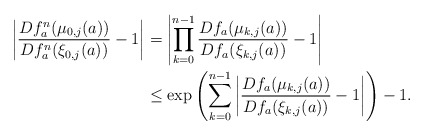
\begin{align*}\begin{aligned}\left|\frac{Df^{n}_{a}(\mu_{0,j}(a))}{Df_{a}^{n}(\xi_{0,j}(a))} - 1 \right|&=\left|\prod_{k=0}^{n-1}\frac{Df_{a}(\mu_{k,j}(a))}{Df_{a}(\xi_{k,j}(a))} - 1 \right|\\&\leq \exp\left(\sum_{k=0}^{n-1}\left|\frac{Df_{a}(\mu_{k,j}(a))}{Df_{a}(\xi_{k,j}(a))} - 1\right| \right)-1.\end{aligned}\end{align*}